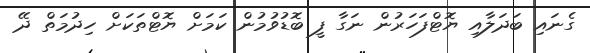
ގެނައި ބަދަލާއި ޔޮޓްފަހަރުން ނަގާ ފީ ބޮޑުވުމުން ކަމަށް ޔޮޓްތަކަށް ހިދުމަތް ދޭ